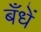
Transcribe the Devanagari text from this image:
बँधें